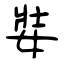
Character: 娤